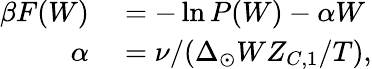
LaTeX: \begin{array}{rl}{\beta F(W)}&{{}=-\ln P(W)-\alpha W}\\ {\alpha}&{{}=\nu/(\Delta_{\odot}WZ_{C,1}/T),}\end{array}